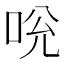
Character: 𠱕